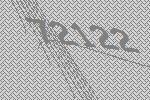
72122